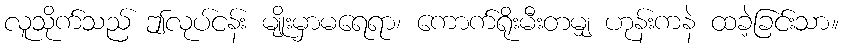
လူသိုက်သည် ဤလုပ်ငန်း မျိုးမှာမရေရာ၊ ကောက်ရိုးမီးတမျှ ဟုန်းကနဲ ထခဲ့ခြင်းသာ။